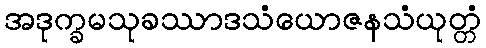
အဒုက္ခမသုခဿာဒသံယောဇနသံယုတ္တံ